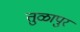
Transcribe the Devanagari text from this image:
तुळापुर